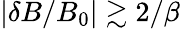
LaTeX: |\delta B/B_{0}|\gtrsim 2/\beta